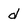
Character: d